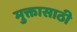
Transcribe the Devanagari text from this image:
मुक्तासाठी